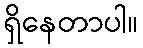
ရှိနေတာပါ။